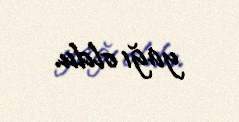
yağı oldu.